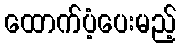
ထောက်ပံ့ပေးမည့်